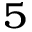
^ 5